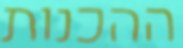
ההכנות